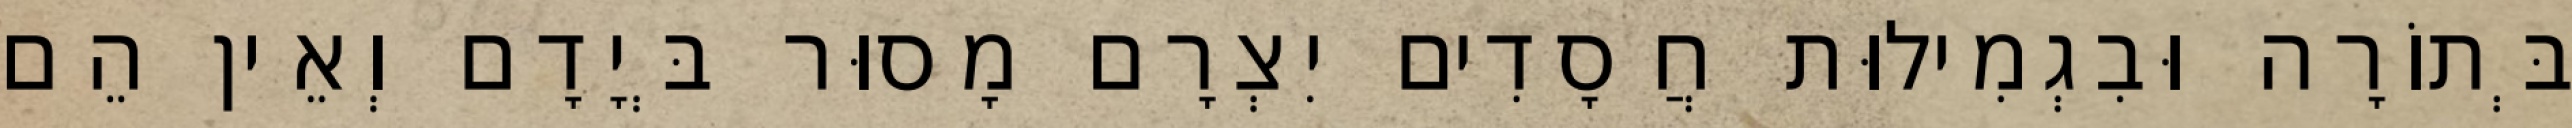
בְּתוֹרָה וּבִגְמִילוּת חֲסָדִים יִצְרָם מָסוּר בְּיָדָם וְאֵין הֵם